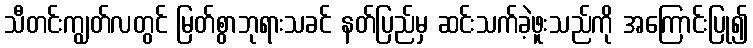
သီတင်းကျွတ်လတွင် မြတ်စွာဘုရားသခင် နတ်ပြည်မှ ဆင်းသက်ခဲ့ဖူးသည်ကို အကြောင်းပြု၍